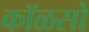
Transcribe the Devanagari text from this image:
कॉळसो